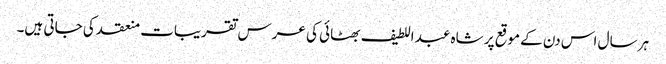
ہر سال اس دن کے موقع پر شاہ عبد اللطیف بھٹائی کی عرس تقریبات منعقد کی جاتی ہیں۔